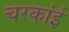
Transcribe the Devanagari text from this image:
चरकांई